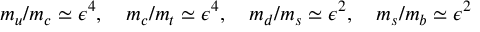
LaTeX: m _ { u } / m _ { c } \simeq \epsilon ^ { 4 } , \quad m _ { c } / m _ { t } \simeq \epsilon ^ { 4 } , \quad m _ { d } / m _ { s } \simeq \epsilon ^ { 2 } , \quad m _ { s } / m _ { b } \simeq \epsilon ^ { 2 }